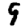
Digit: 9